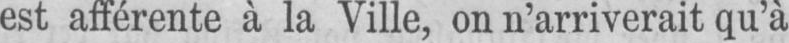
est afférente à la Ville, on n’arriverait qu’à